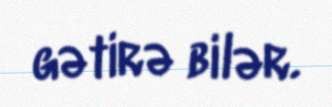
gətirə bilər.